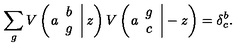
\sum _ { g } V \left( \left. a \begin{array} { c } { b } \\ { g } \\ \end{array} \right| z \right) V \left( \left. a \begin{array} { c } { g } \\ { c } \\ \end{array} \right| - z \right) = \delta _ { c } ^ { b } .